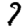
Digit: 7